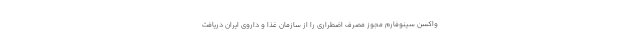
واکسن سینوفارم مجوز مصرف اضطراری را از سازمان غذا و داروی ایران دریافت